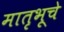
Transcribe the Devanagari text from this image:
मातृभूचे